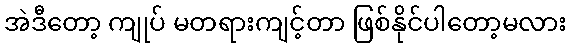
အဲဒီတော့ ကျုပ် မတရားကျင့်တာ ဖြစ်နိုင်ပါတော့မလား